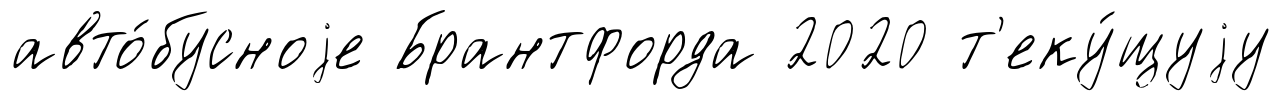
авто́бусноjе Брантфорда 2020 т'еку́щуjу